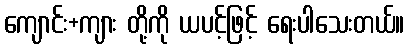
ကျောင်း+ကျား တို့ကို ယပင့်ဖြင့် ရေးပါသေးတယ်။